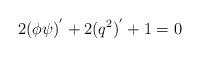
LaTeX: \begin{align*}2 (\phi \psi)^{'} + 2 (q^{2} )^{'} + 1 =0 \end{align*}